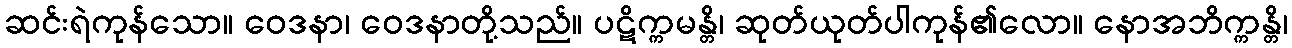
ဆင်းရဲကုန်သော။ ဝေဒနာ၊ ဝေဒနာတို့သည်။ ပဋိက္ကမန္တိ၊ ဆုတ်ယုတ်ပါကုန်၏လော။ နောအဘိက္ကန္တိ၊